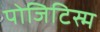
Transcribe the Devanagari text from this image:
पोजिटिस्म